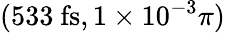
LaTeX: (533~\mathrm{fs},1\times 10^{-3}\pi)